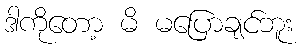
ဒါကိုတော့ မိ မပြောချင်ဘူး